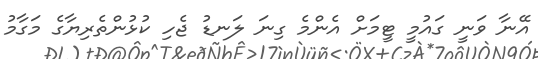
އޭނާ ވަނީ ގައުމީ ޓީމަށް އެންމެ ގިނަ ލަނޑު ޖެހި ކުޅުންތެރިޔާގެ މަގާމު